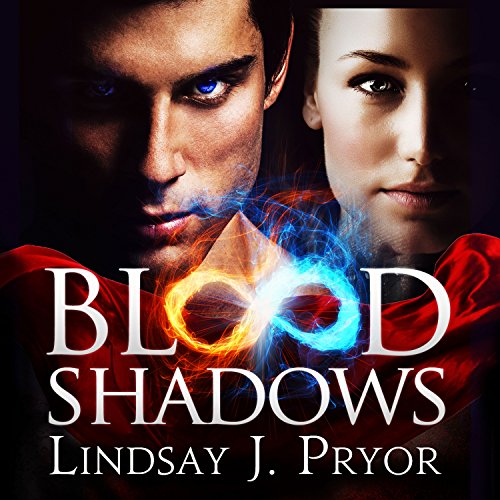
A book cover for Blood Shadows: Blackthorn, Book 1; Lindsay J. Pryor; Literature & Fiction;